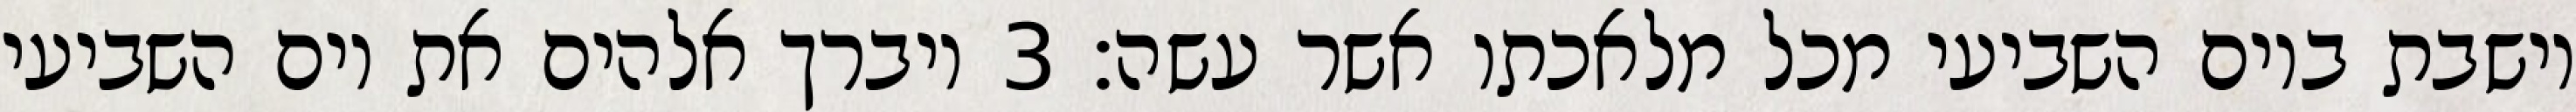
וישבת ביום השביעי מכל מלאכתו אשר עשה׃ ‎3‏ ויברך אלהים את יום השביעי